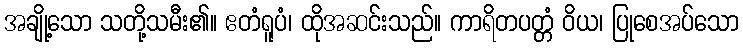
အချို့သော သတို့သမီး၏။ ဧတံရူပံ၊ ထိုအဆင်းသည်။ ကာရိတပတ္တံ ဝိယ၊ ပြုစေအပ်သော